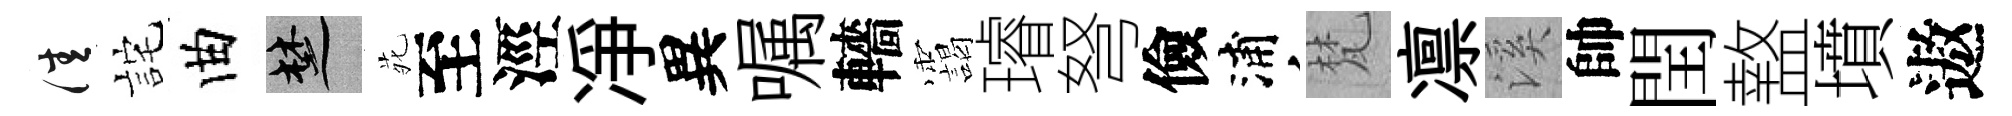
佳詫曲楚𫟍至涇净異嘱轖靄璿弩儉浦梵凛溪帥閏盩墳遨